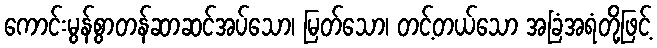
ကောင်းမွန်စွာတန်ဆာဆင်အပ်သော၊ မြတ်သော၊ တင့်တယ်သော အခြံအရံတို့ဖြင့်